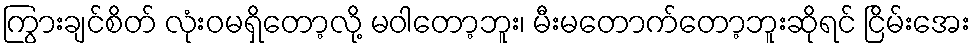
ကြွားချင်စိတ် လုံးဝမရှိတော့လို့ မဝါတော့ဘူး၊ မီးမတောက်တော့ဘူးဆိုရင် ငြိမ်းအေး